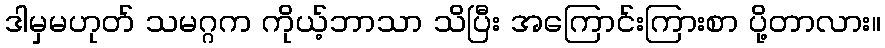
ဒါမှမဟုတ် သမဂ္ဂက ကိုယ့်ဘာသာ သိပြီး အကြောင်းကြားစာ ပို့တာလား။